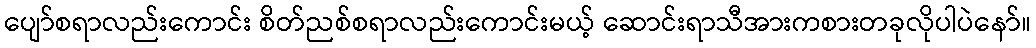
ပျော်စရာလည်းကောင်း စိတ်ညစ်စရာလည်းကောင်းမယ့် ဆောင်းရာသီအားကစားတခုလိုပါပဲနော်။